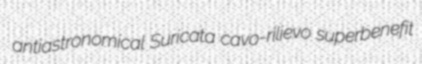
antiastronomical Suricata cavo-rilievo superbenefit